Some observations on the poison of Russell's viper (Daboia russellii) - Number 3
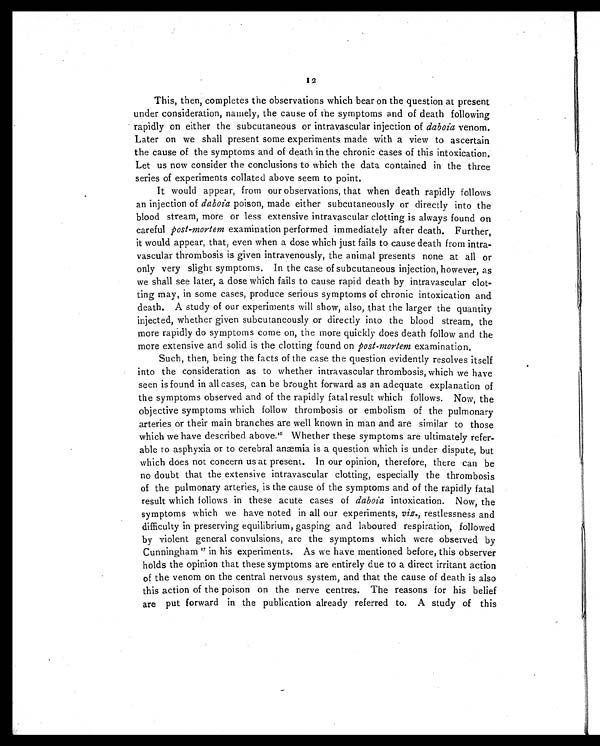
12
This, then, completes the observations which bear on the question at present
under consideration, namely, the cause of the symptoms and of death following
rapidly on either the subcutaneous or intravascular injection of daboia venom.
Later on we shall present some experiments made with a view to ascertain
the cause of the symptoms and of death in the chronic cases of this intoxication.
Let us now consider the conclusions to which the data contained in the three
series of experiments collated above seem to point.
It would appear, from our observations, that when death rapidly follows
an injection of daboia poison, made either subcutaneously or directly into the
blood stream, more or less extensive intravascular clotting is always found on
careful post-mortem examination performed immediately after death. Further,
it would appear, that, even when a dose which just fails to cause death from intra-
vascular thrombosis is given intravenously, the animal presents none at all or
only very slight symptoms. In the case of subcutaneous injection, however, as
we shall see later, a dose which fails to cause rapid death by intravascular clot-
ting may, in some cases, produce serious symptoms of chronic intoxication and
death. A study of our experiments will show, also, that the larger the quantity
injected, whether given subcutaneously or directly into the blood stream, the
more rapidly do symptoms come on, the more quickly does death follow and the
more extensive and solid is the clotting found on post-mortem examination.
Such, then, being the facts of the case the question evidently resolves itself
into the consideration as to whether intravascular thrombosis, which we have
seen is found in all cases, can be brought forward as an adequate explanation of
the symptoms observed and of the rapidly fatal result which follows. Now, the
objective symptoms which follow thrombosis or embolism of the pulmonary
arteries or their main branches are well known in man and are similar to those
which we have described above. 1 6
Whether these symptoms are ultimately refer-
able to asphyxia or to cerebral anæmia is a question which is under dispute, but
which does not concern us at present. In our opinion, therefore, there can be
no doubt that the extensive intravascular clotting, especially the thrombosis
of the pulmonary arteries, is the cause of the symptoms and of the rapidly fatal
result which follows in these acute cases of daboia intoxication. Now, the
symptoms which we have noted in all our experiments, viz., restlessness and
difficulty in preserving equilibrium, gasping and laboured respiration, followed
by violent general convulsions, are the symptoms which were observed by
Cunningham 1 7
i n h i s e x p e r i m e n t s . A s w e h a v e m e n t i o n e d b e f o r e , t h i s o b s e r v e r
holds the opinion that these symptoms are entirely due to a direct irritant action
of the venom on the central nervous system, and that the cause of death is also
this action of the poison on the nerve centres. The reasons for his belief
are put forward in the publication already referred to. A study of this